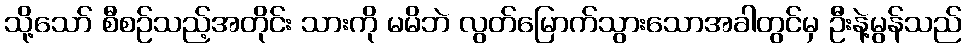
သို့သော် စီစဉ်သည့်အတိုင်း သားကို မမိဘဲ လွတ်မြောက်သွားသောအခါတွင်မှ ဦးနဲ့မွန်သည်